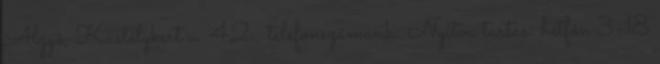
Algyô, Kastélykert u. 42., telefonszámunk: Nyitva tartás: hétfôn 3-18